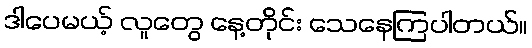
ဒါပေမယ့် လူတွေ နေ့တိုင်း သေနေကြပါတယ်။